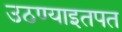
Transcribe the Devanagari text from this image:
उठण्याइतपत